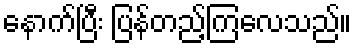
နောက်ပြီး ပြန်တည့်ကြလေသည်။